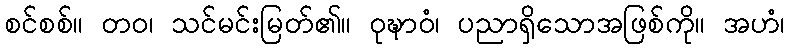
စင်စစ်။ တဝ၊ သင်မင်းမြတ်၏။ ဝုဍ္ဎာဝံ၊ ပညာရှိသောအဖြစ်ကို။ အဟံ၊